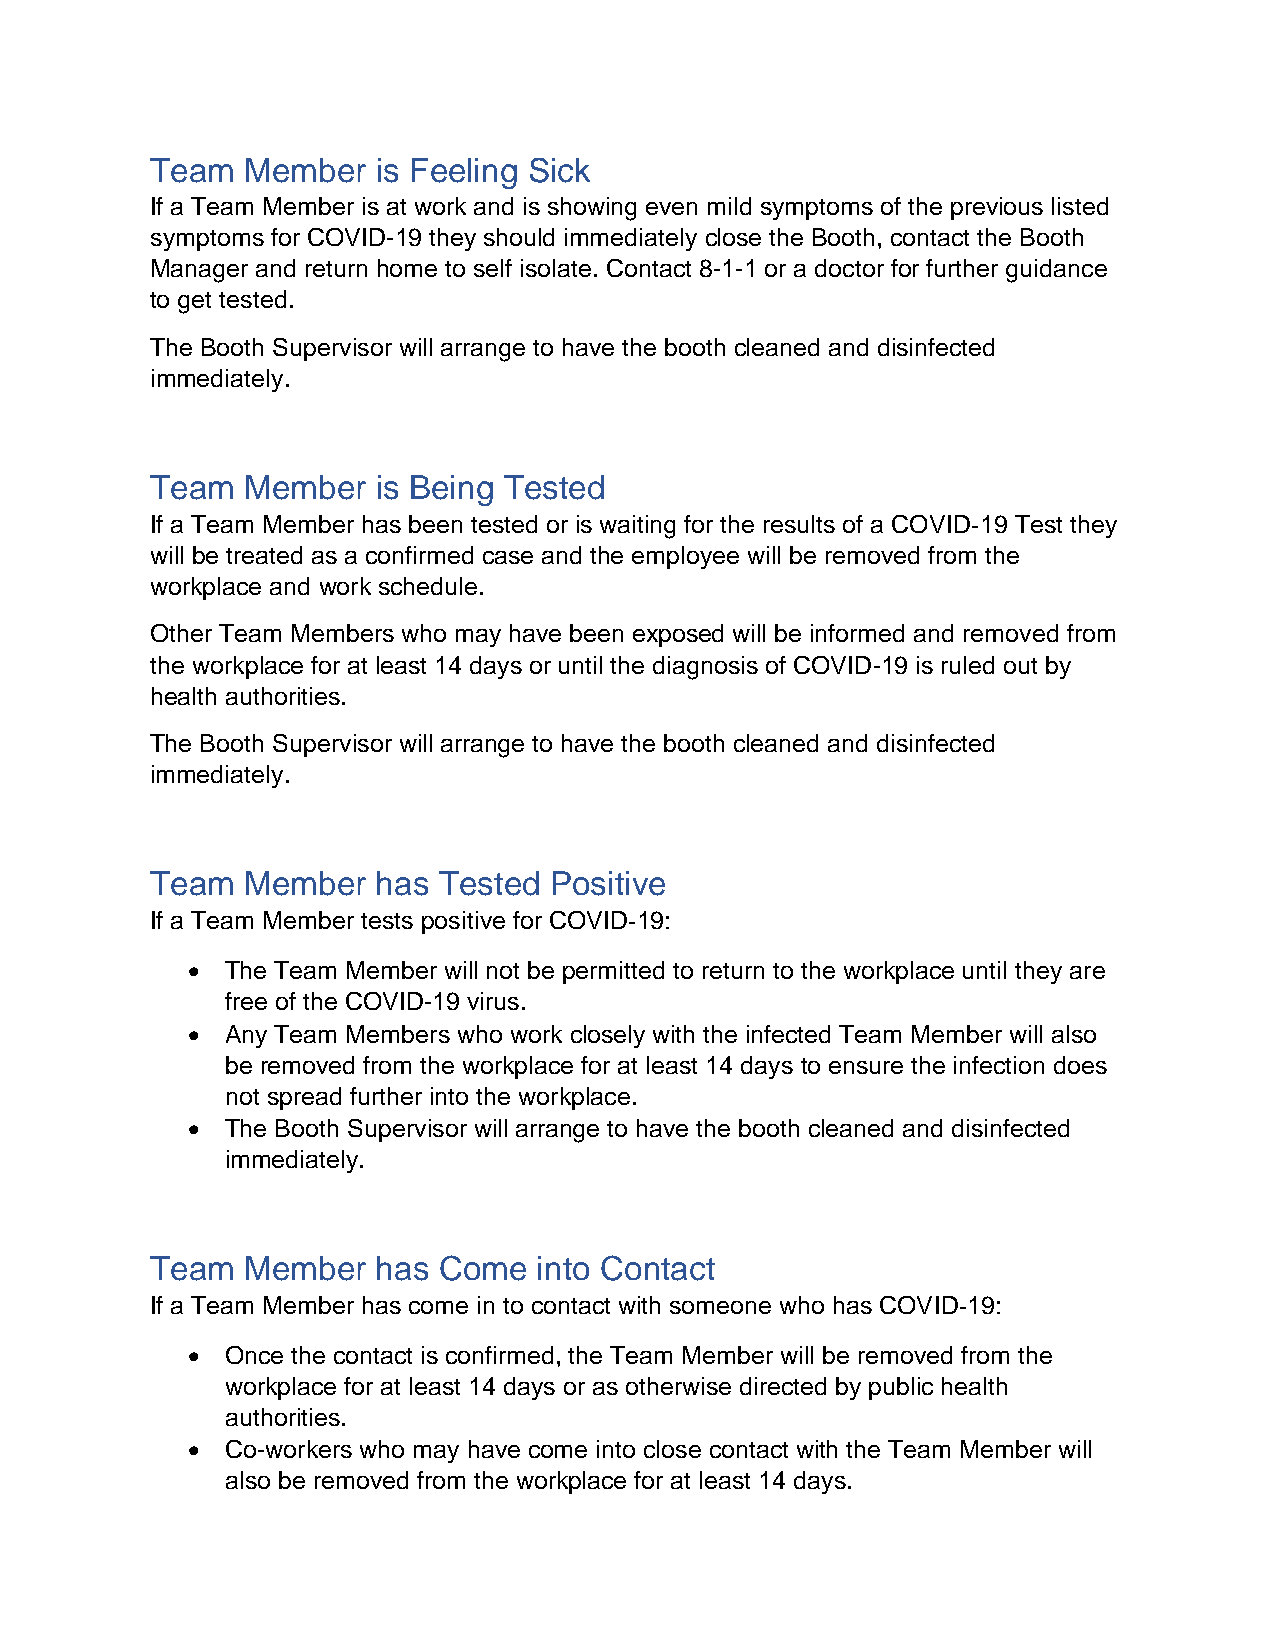
Team  Member   is Feeling Sick
 If a Team Member is at work and is showing even mild symptoms of the previous listed
 symptoms for COVID-19 they should immediately close the Booth, contact the Booth
 Manager and return home to self isolate. Contact 8-1-1 or a doctor for further guidance
 to get tested.
 The Booth Supervisor will arrange to have the booth cleaned and disinfected
 immediately.
 Team  Member   is Being Tested
 If a Team Member has been tested or is waiting for the results of a COVID‐19 Test they
 will be treated as a confirmed case and the employee will be removed from the
 workplace and work schedule.
 Other Team Members who may have been exposed will be informed and removed from
 the workplace for at least 14 days or until the diagnosis of COVID-19 is ruled out by
 health authorities.
 The Booth Supervisor will arrange to have the booth cleaned and disinfected
 immediately.
 Team  Member   has Tested Positive
 If a Team Member tests positive for COVID‐19:
 •  The Team Member will not be permitted to return to the workplace until they are
 free of the COVID-19 virus.
 •  Any Team Members who work closely with the infected Team Member will also
 be removed from the workplace for at least 14 days to ensure the infection does
 not spread further into the workplace.
 •  The Booth Supervisor will arrange to have the booth cleaned and disinfected
 immediately.
 Team  Member   has Come   into Contact
 If a Team Member has come in to contact with someone who has COVID‐19:
 •  Once the contact is confirmed, the Team Member will be removed from the
 workplace for at least 14 days or as otherwise directed by public health
 authorities.
 •  Co-workers who may have come into close contact with the Team Member will
 also be removed from the workplace for at least 14 days.